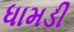
ધામડી